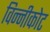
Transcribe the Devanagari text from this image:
विन्नीकोट